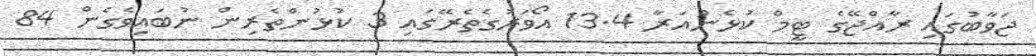
ޖަވާބުގައި ރާއްޖޭގެ ޓީމް ކުޅެންއަރާ 13.4 އޯވަރުގެތެރޭގައި 3 ކުޅުންތެރިން ނުބައިވެގެން 84